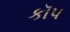
કૉપ